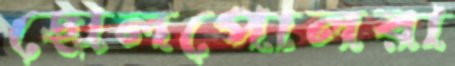
ছোলপোলরা